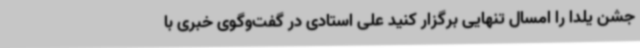
جشن یلدا را امسال تنهایی برگزار کنید علی استادی در گفت‌وگوی خبری با